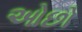
ઓછો